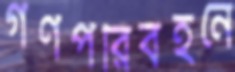
গণপরিবহনে